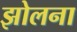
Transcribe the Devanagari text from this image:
झोलना